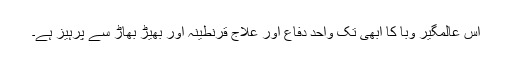
اس عالمگیر وبا کا ابھی تک واحد دفاع اور علاج قرنطینہ اور بھیڑ بھاڑ سے پرہیز ہے۔